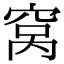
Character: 窝